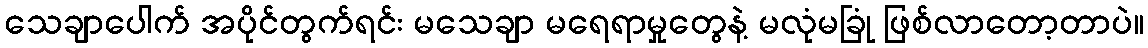
သေချာပေါက် အပိုင်တွက်ရင်း မသေချာ မရေရာမှုတွေနဲ့ မလုံမခြုံ ဖြစ်လာတော့တာပဲ။